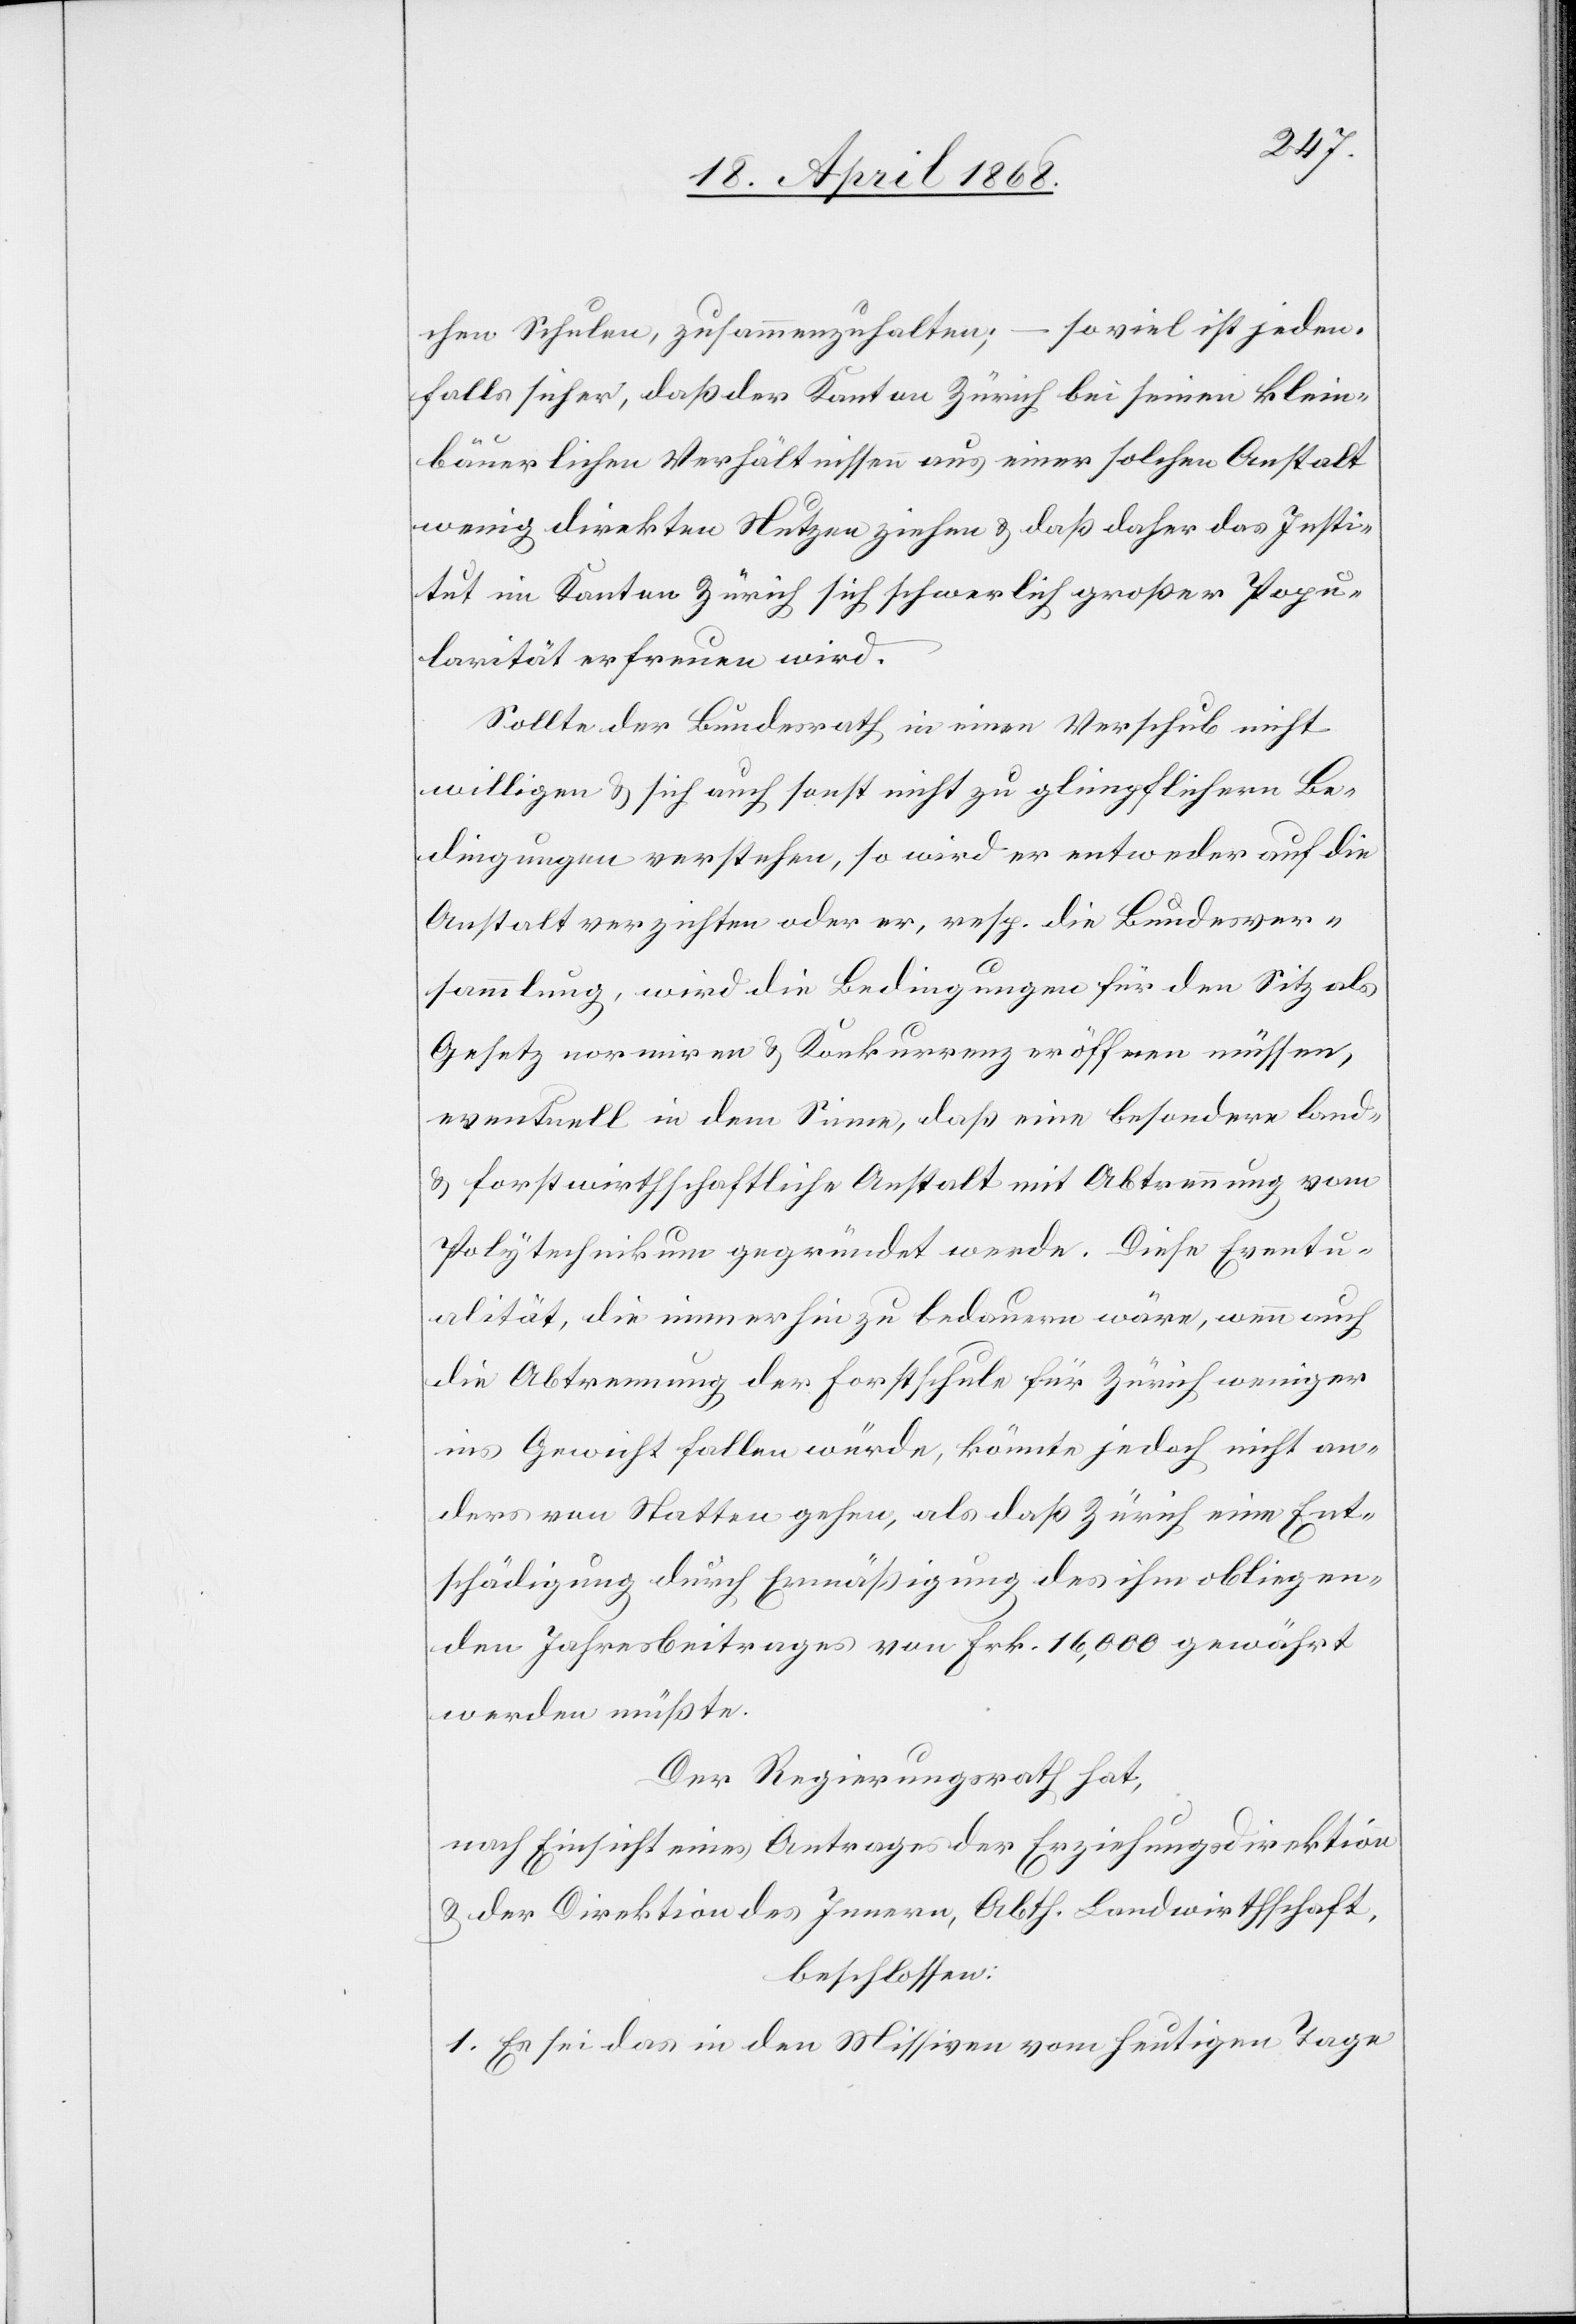
chen Schulen, zusammenzuhalten; – soviel ist jeden¬
falls sicher, daß der Kanton Zürich bei seinen klein¬
bäuerlichen Verhältnissen aus einer solchen Anstalt
wenig direkten Nutzen ziehen & daß daher das Insti¬
tut im Kanton Zürich sich schwerlich großer Popu¬
larität erfreuen wird.
Sollte der Bundesrath in einen Verschub nicht
willigen & sich auch sonst nicht zu glimpflichern Be¬
dingungen verstehen, so wird er entweder auf die
Anstalt verzichten oder er, resp. die Bundesver¬
sammlung, wird die Bedingungen für den Sitz als
Gesetz normiren & Konkurrenz eröffnen müssen,
eventuell in dem Sinne, daß eine besondere land-
& forstwirthschaftliche Anstalt mit Abtrennung vom
Polytechnikum gegründet werde. Diese Eventu¬
alität, die immerhin zu bedauern wäre, wenn auch
die Abtrennung der Forstschule für Zürich weniger
ins Gewicht fallen würde, könnte jedoch nicht an¬
ders von Statten gehen, als daß Zürich eine Ent¬
schädigung durch Ermäßigung des ihm obliegen¬
den Jahresbeitrages von Frk. 16,000 gewährt
werden müßte.
Der Regierungsrath hat,
nach Einsicht eines Antrages der Erziehungsdirektion
& der Direktion des Innern, Abth. Landwirthschaft,
beschlossen:
1. Es sei das in den Missiven vom heutigen Tage